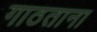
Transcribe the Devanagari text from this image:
गाठताना